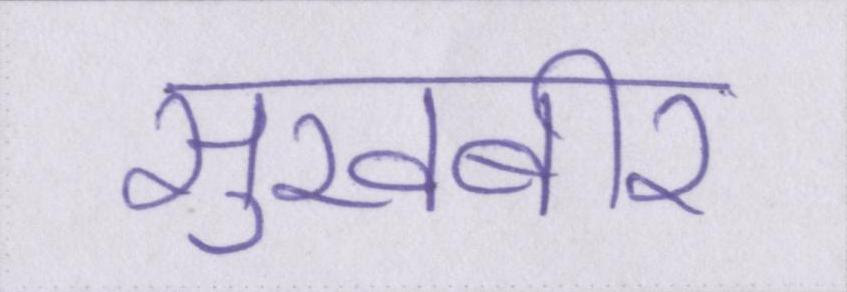
सुखबीर